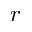
\boldsymbol { r }